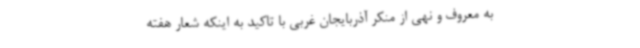
به معروف و نهی از منکر آذربایجان غربی با تاکید به اینکه شعار هفته